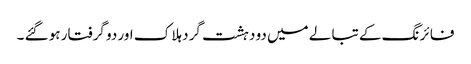
فا ئر نگ کے تبا لے میں دو دہشت گرد ہلا ک اور دو گرفتار ہو گئے ۔